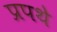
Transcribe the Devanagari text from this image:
प्रपथे